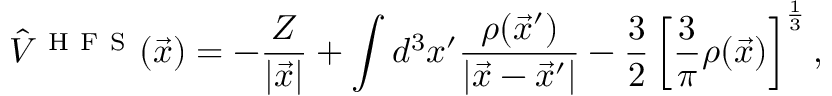
\hat { V } ^ { \mathrm { ~ H ~ F ~ S ~ } } ( \vec { x } ) = - \frac { Z } { \vert \vec { x } \vert } + \int d ^ { 3 } x ^ { \prime } \frac { \rho ( { \vec { x } } ^ { \prime } ) } { \vert { \vec { x } } - { \vec { x } } ^ { \prime } \vert } - \frac { 3 } { 2 } \left[ \frac { 3 } { \pi } \rho ( \vec { x } ) \right] ^ { \frac { 1 } { 3 } } ,